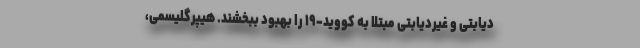
دیابتی و غیردیابتی مبتلا به کووید-۱۹ را بهبود ببخشند. هیپرگلیسمی،